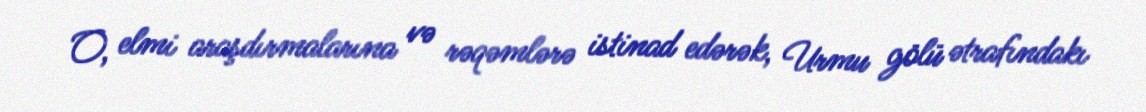
O, elmi araşdırmalarına və rəqəmlərə istinad edərək, Urmu gölü ətrafındakı